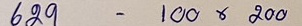
629 - 100 x 200